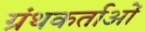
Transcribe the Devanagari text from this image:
ग्रंथकर्ताओं